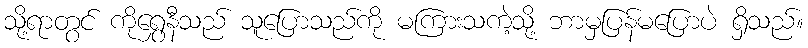
သို့ရာတွင် ကိုရွှေနီသည် သူပြောသည်ကို မကြားသကဲ့သို့ ဘာမှပြန်မပြောပဲ ရှိသည်။